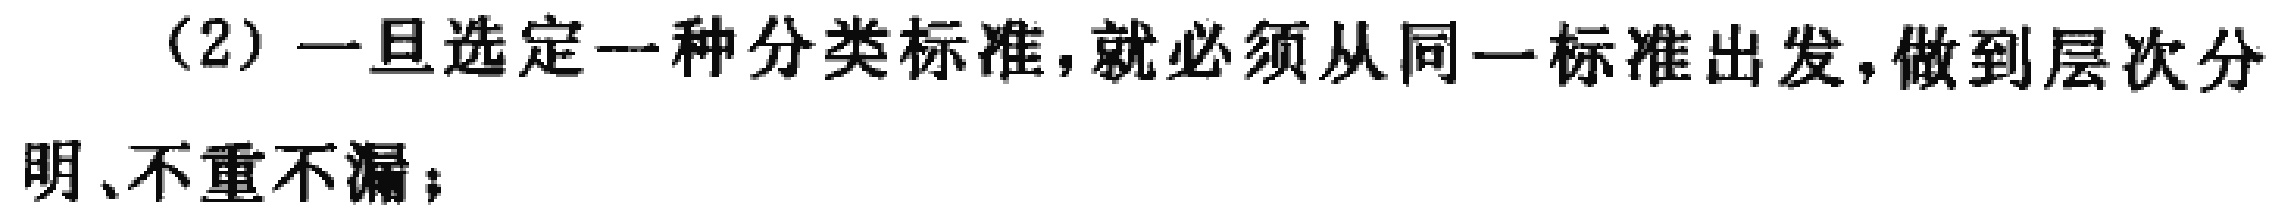
(2) 一旦选定一种分类标准，就必须从同一标准出发，做到层次分明、不重不漏；